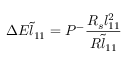
\Delta E \tilde { l } _ { 1 1 } = P ^ { - } \frac { R _ { s } { l } _ { 1 1 } ^ { 2 } } { R \tilde { l } _ { 1 1 } }